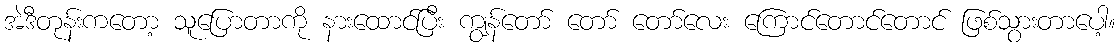
အဲဒီတုန်းကတော့ သူပြောတာကို နားထောင်ပြီး ကျွန်တော် တော် တော်လေး ကြောင်တောင်တောင် ဖြစ်သွားတာပေါ့။